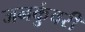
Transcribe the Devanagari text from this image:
जनकुंवरी